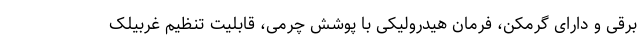
برقی و دارای گرمکن، فرمان هیدرولیکی با پوشش چرمی، قابلیت تنظیم غربیلک